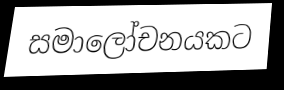
සමාලෝචනයකට